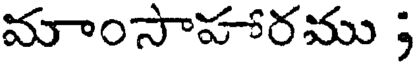
మాంసాహారము ;